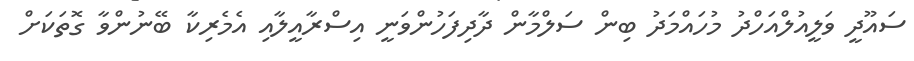
ސައޫދީ ވަލީއުލްއަހްދު މުހައްމަދު ބިން ސަލްމާން ދާދިފަހުންވަނީ އިސްރާއީލާއި އެމެރިކާ ބޭނުންވާ ގޮތަކަށް